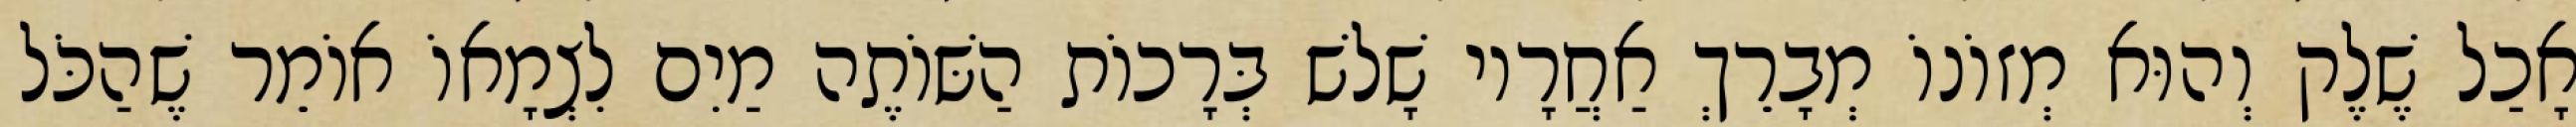
אָכַל שֶׁלֶק וְהוּא מְזוֹנוֹ מְבָרֵךְ אַחֲרָיו שָׁלשׁ בְּרָכוֹת הַשּׁוֹתֶה מַיִם לִצְמָאוֹ אוֹמֵר שֶׁהַכֹּל